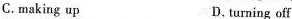
C.making up D, turning off